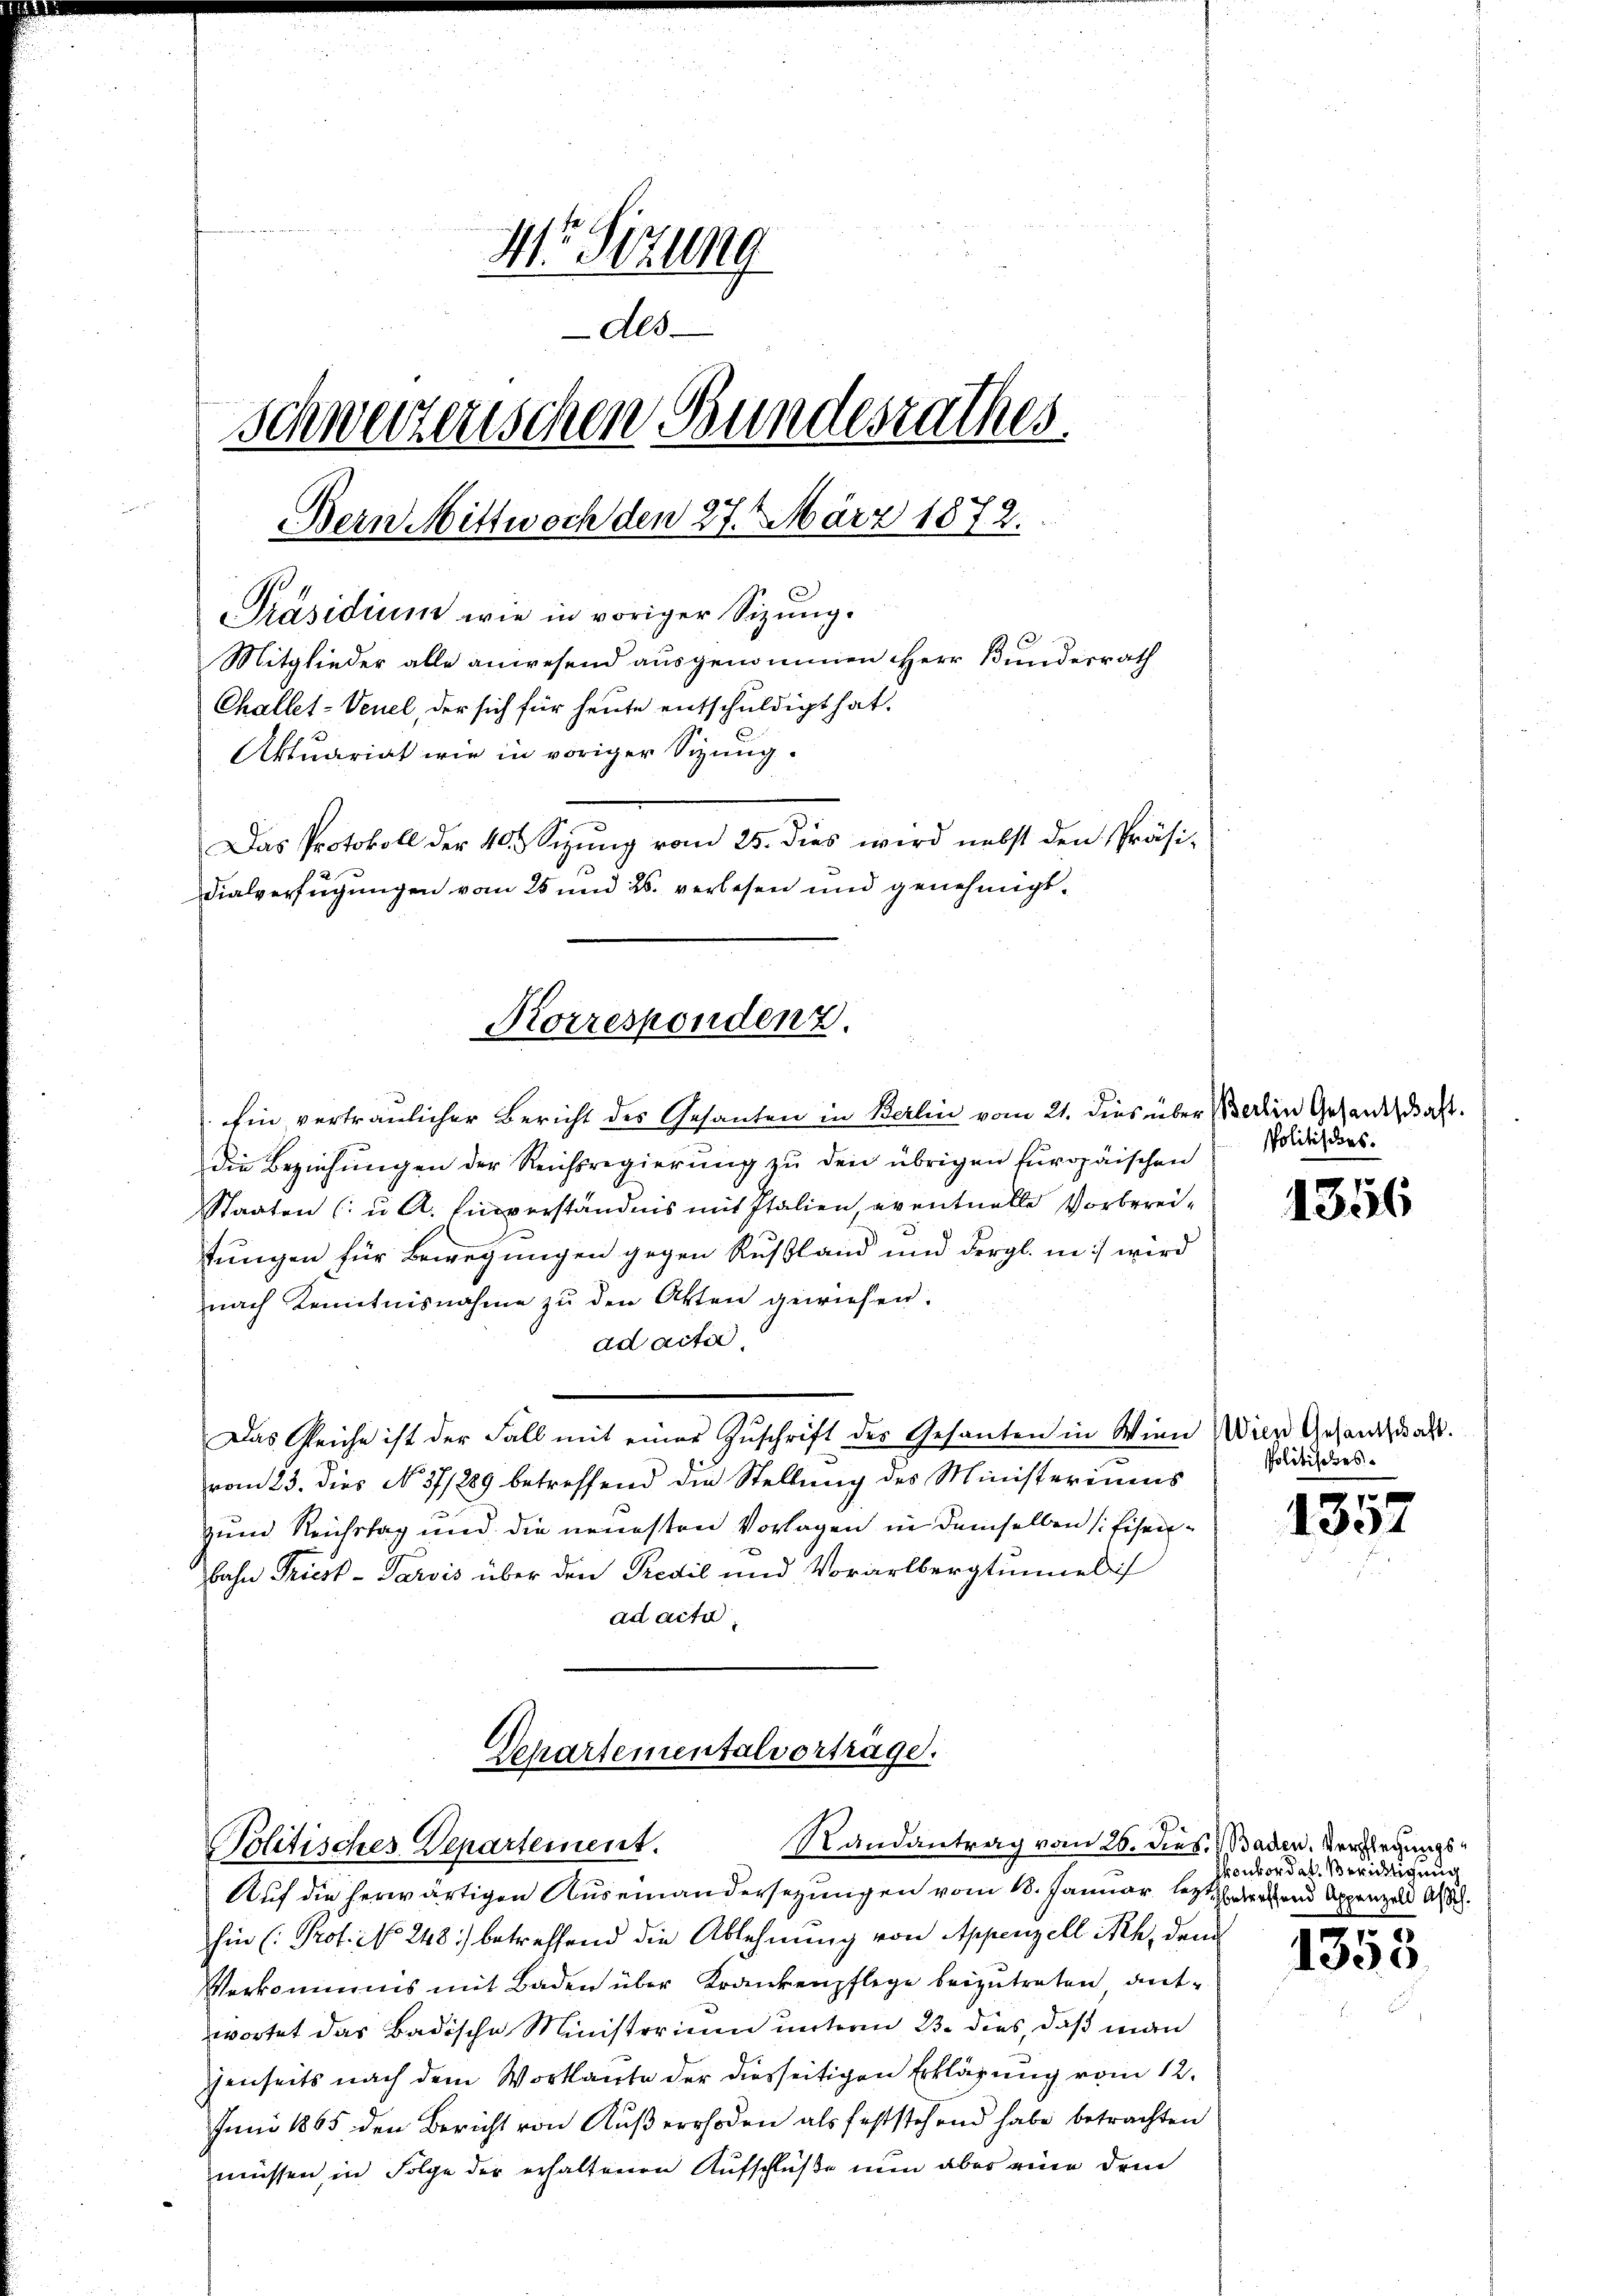
41. Sitzung
dto.
schweizerischen Bundesrathes.
Bern Mittwoch den 27. März 1872.
PPräsidium wie in voriger Sizung.
Mitglieder alle anwesend ausgenommen Herr Bundesrath
Challet-Venel, der sich für heute entschuldigt hat.
Aktuariat wie in voriger Sizung.
Das Protokoll der 40 Sizung vom 25. dies wird nebst den Präsidialverfügungen vom 25 und 26. verlesen und genehmigt.

Ein vertraulicher Bericht des Gesanten in Berlin vom 21. dies über Berlin Gesandtschaft.
die Beziehungen der Reichsregierung zu den übrigen Europäischen Wieders¬
Staaten (u. A. Einverständnis mit Italien, eventuelle Vorbereitungen für Bewegungen gegen Rußland und dergl. in wird
nach Kenntnisnahme zu den Atten gewiesen.
ad acter,
Das Gleiche ist der Fall mit einer Zuschrift des Gesanten in Wien Wien Gesandtags.
vom 23. dies No. 371889 betreffend die Stellung des Ministeriums
zum Reichstag und die neuesten Vorlagen in demselben (Eisen¬
Bahn Priest-Parvis über den Predil und Vorarlbergtummel
ad acta.

Korrespondenz.

Auf die herwärtigen Auseinandersezungen vom 18. Januar lezter und Appenzell A.
hin (Prof. No. 248. betreffend die Ablehnung von Appenzell ich, dem
Verkommnis mit Baden über Krankenpflege beizutreten antwortet das Badische Ministerium unterm 23. dies, daß man
genseits nach dem Wortlaute der diesseitigen Erklärung vom 12.
Juni 1865 den Bericht von Kußerrhoden als feststehend habe betrachten
müssen in Folge der erhaltenen Aufschlüße nun aber eine drin

Departementalvortrage.
Randantrag vom 26. dies
Politisches Departement.

1356

Politisches.

1357

Baden. Verpflegungskonkordat Berichtigung

5
1353